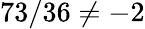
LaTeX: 73/36\neq-2